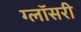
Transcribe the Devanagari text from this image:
ग्लॉसरी